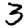
Digit: 3